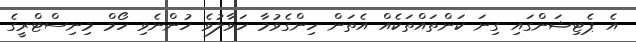
އެ ޕެޓިޝަންގައި ގިނަ ކަންތައްތަކެއް އެތަން ހިންގެވުމާ ހަވާލުވެ ހުންނެވި ހޯމް މިނިސްޓްރީގެ